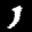
Label: 1